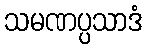
သမဏပ္ပသာဒံ